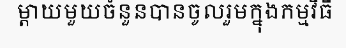
ម្តាយមួយចំនួនបានចូលរួមក្នុងកម្មវិធី